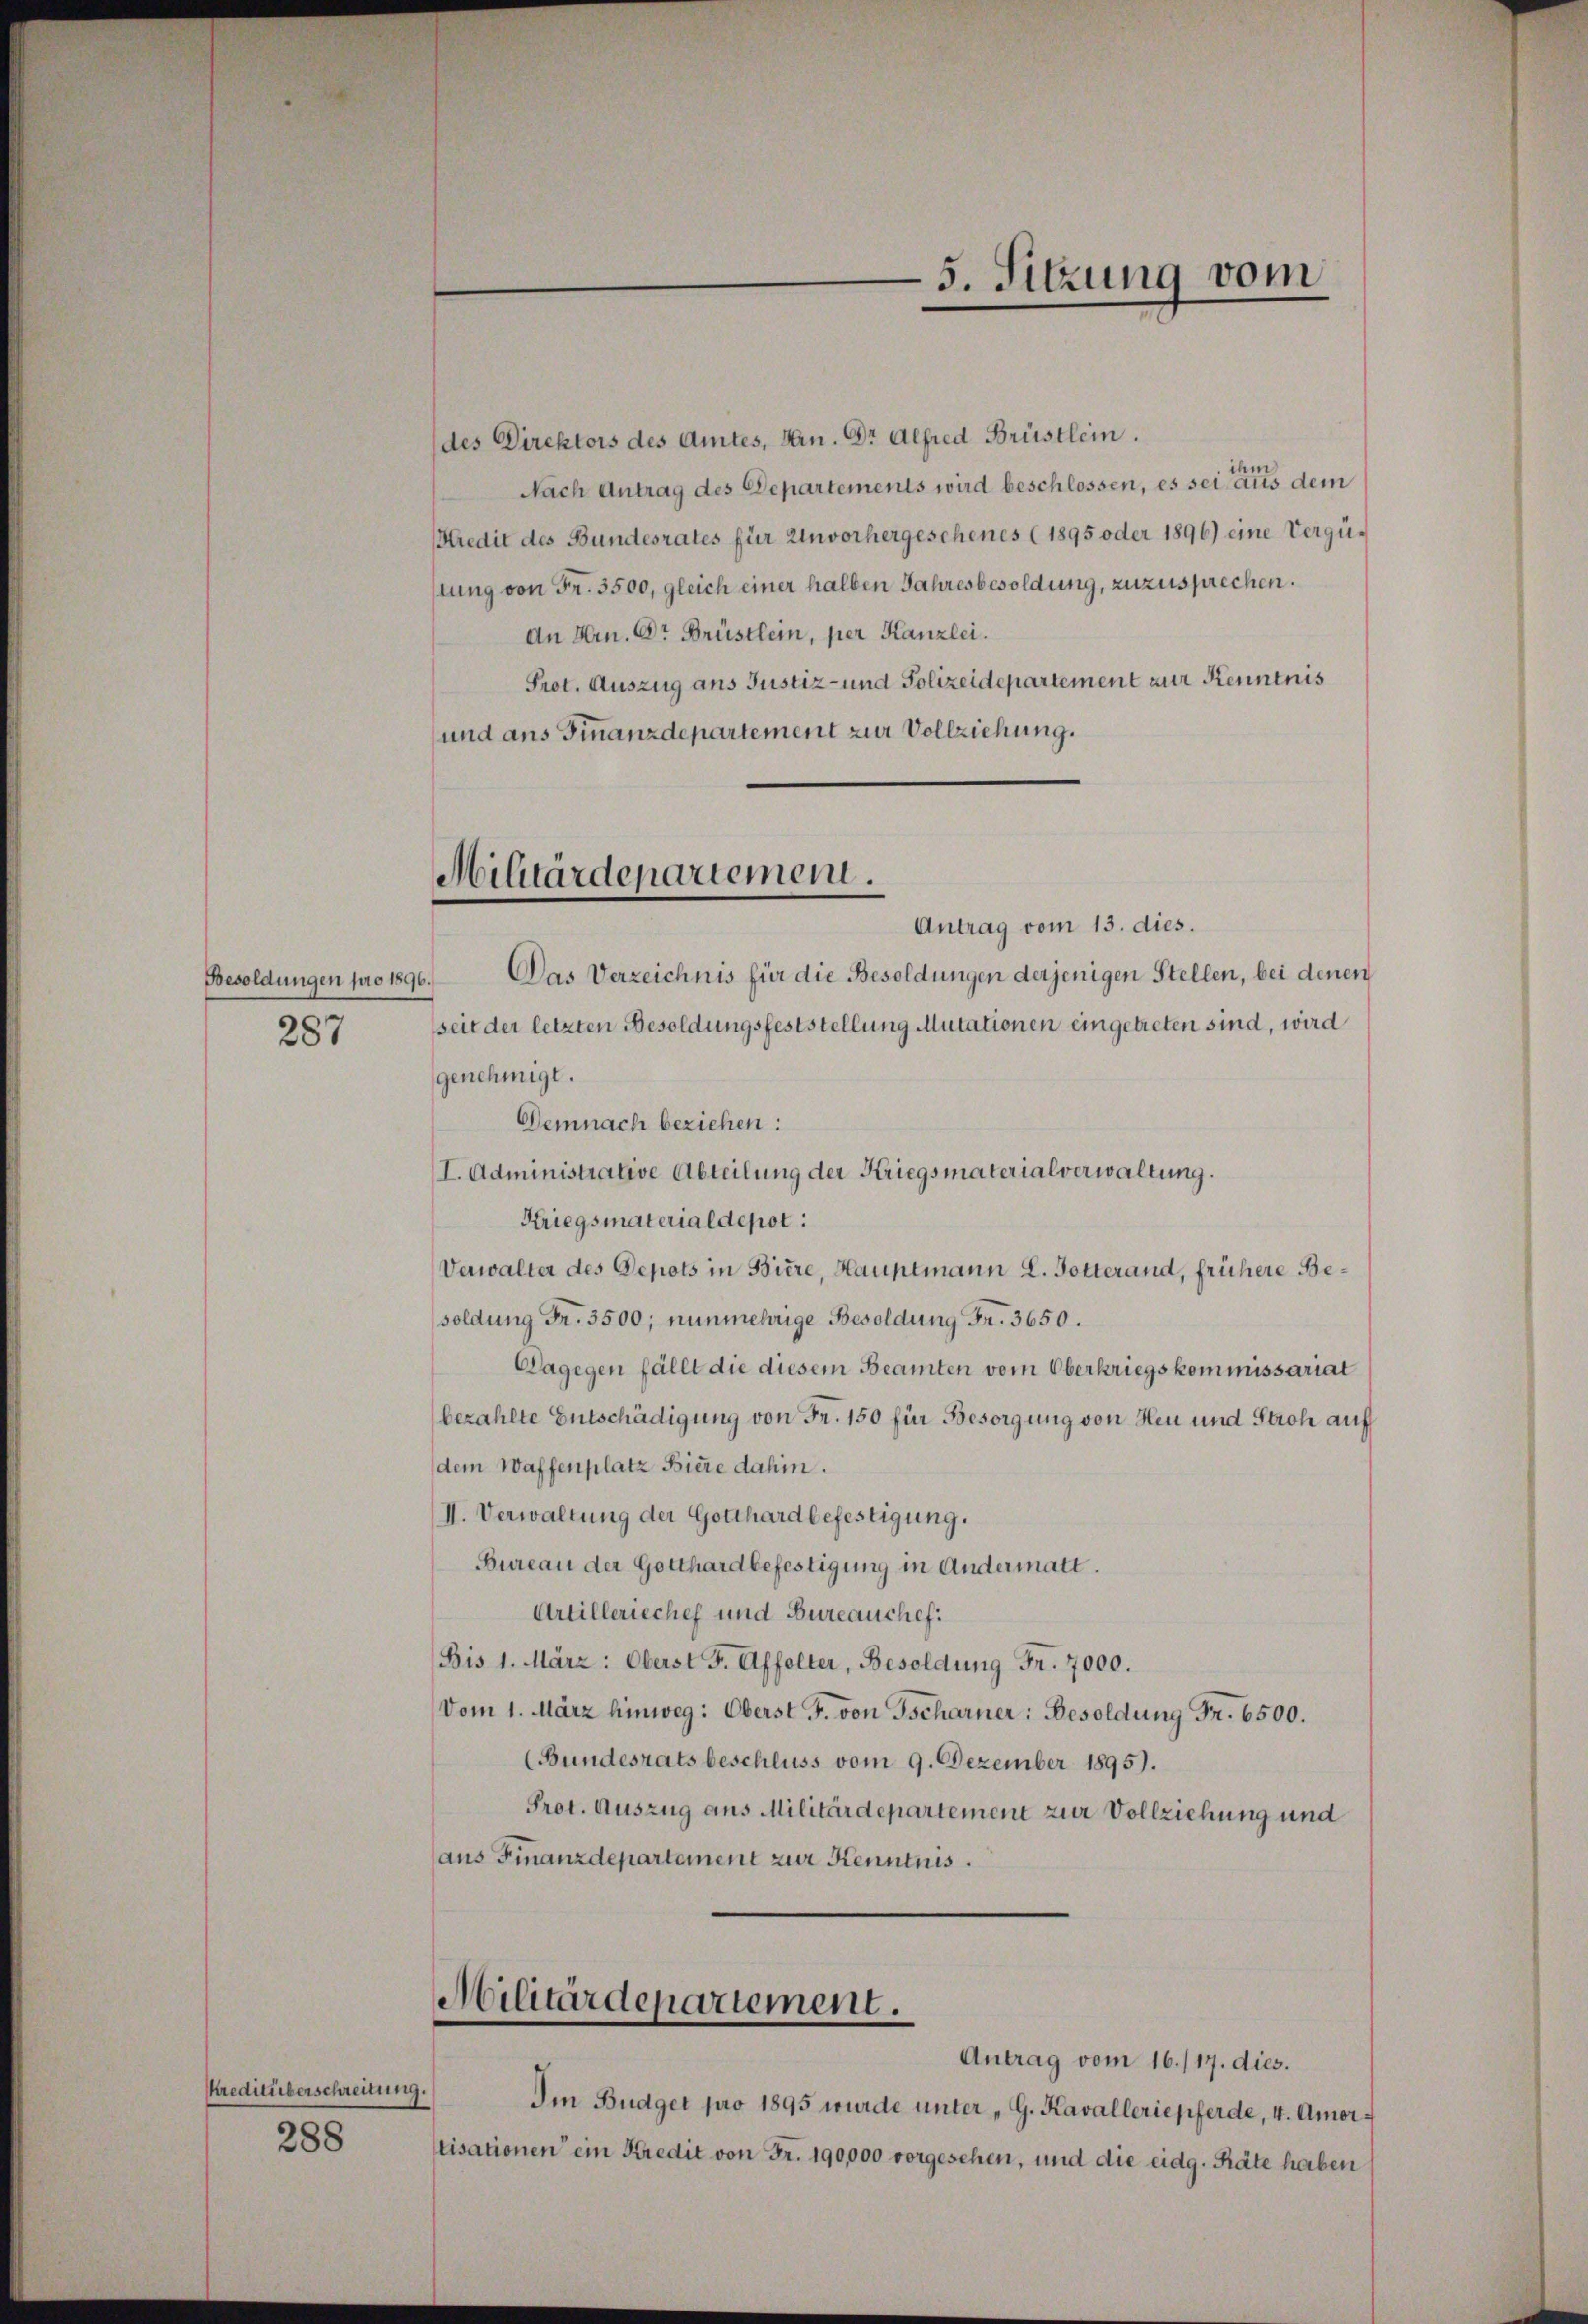
Besoldungen pro 1896.)
287

Kreditüberschreitung.
288

(des Direktors des Amtes, San. Dr Alfred Brüstlein.
ihe
Nach Antrag des Departements wird beschlossen, es sei aus dem
Kredit des Bundesrates für Unvorhergeschenes (1895 oder 1896) eine Vergütung von Fr. 3500, gleich einer halben Jahresbesoldung, zuzusprechen.
An Hrn. Dr Brüstlein, per Kanzlei.
Prot. Auszug ans Justiz- und Polizeidepartement zur Kenntnis
und ans Finanzdepartement zur Vollziehung.

Militärdepartemen.
Antrag vom 13. dies.

Das Verzeichnis für die Besoldungen derjenigen Stellen, bei denen
seit der letzten Besoldungsfeststellung Mutationen eingetreten sind, wird
genehmigt.
Demnach beziehen:
I. Administrative Abteilung der Kriegsmaterialverwaltung.
Kriegsmaterial depot:
Verwalter des Depots in Biere, Hauptmann L. Gotterand, frühere Besoldung Fr. 3500; nunmehrige Besoldung Fr. 3650.
Dagegen fällt die diesem Beamten vom Oberkriegskommissariat
bezahlte Entschädigung von Fr. 150 für Besorgung von Heu und Stroh auf
dem Waffenplatz Biere dahin.
II. Verwaltung der Gotthard befestigung.
Bureau der Gotthardbefestigung in Andermatt.
Artilleriechef und Bureauchef.
Bis 1. März: Oberst F. Affolter, Besoldung Fr. 7000.
Vom 1. März hinweg: Oberst F. von Tscharner: Besoldung Fr. 6500.
(Bundesrats beschluss vom 9. Dezember 1895).
Prot. Auszug aus Militärdepartement zur Vollziehung und
aus Finanzdepartement zur Kenntnis.

5. Sitzung vom
e

Militärdepartement.
Antrag vom 16./17. dies.

Im Budget pro 1895 wurde unter „G. Kavalleriepferde, 4. Amor-
tisationen ein Kredit von Fr. 190,000 vorgesehen, und die eidg. Räte haben